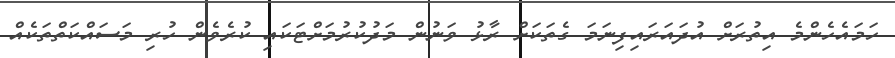
ހަމައެހެންމެ އިތުރަށް އުދައަރައިފިނަމަ ގެތަކަށް ރާޅު ވަނުން މަދުކުރުމަށްޓަކައި ކުރެވެން ހުރި މަސައްކަތްތަކެއް